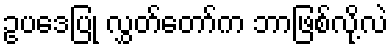
ဥပဒေပြု လွှတ်တော်က ဘာဖြစ်လို့လဲ